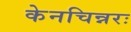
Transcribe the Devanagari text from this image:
केनचिन्नरः